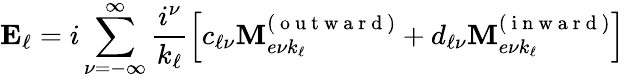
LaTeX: \mathbf{E}_{\ell}=i\sum_{\nu=-\infty}^{\infty}\frac{i^{\nu}}{k_{\ell}}\left[c_{\ell\nu}\mathbf{M}_{e\nu k_{\ell}}^{(\mathrm{~o~u~t~w~a~r~d~})}+d_{\ell\nu}\mathbf{M}_{e\nu k_{\ell}}^{(\mathrm{~i~n~w~a~r~d~})}\right]